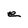
Character: e